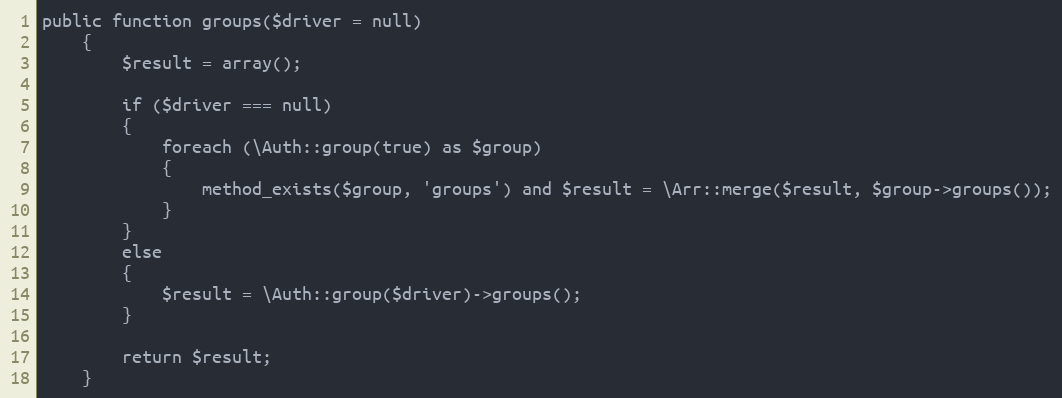
Language: PHP
public function groups($driver = null)
	{
		$result = array();

		if ($driver === null)
		{
			foreach (\Auth::group(true) as $group)
			{
				method_exists($group, 'groups') and $result = \Arr::merge($result, $group->groups());
			}
		}
		else
		{
			$result = \Auth::group($driver)->groups();
		}

		return $result;
	}